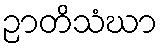
ဉာတိသံဃာ